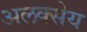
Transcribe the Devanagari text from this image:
अलक्सेय